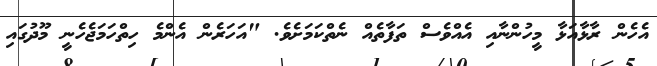
އެހެން ރާޅާއަޅާ މީހުންނާއި އެއްވެސް ތަފާތެއް ނެތްކަމަށެވެ. "އަހަރެން އެންމެ ހިތްހަމަޖެހެނީ މޫދުގައި